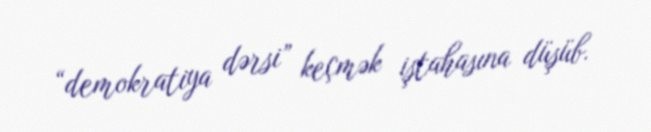
“demokratiya dərsi” keçmək iştahasına düşüb.